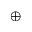
\oplus